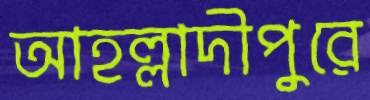
আহল্লাদীপুরে